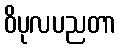
ဝိပုလပညတာ